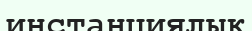
инстанциялық